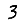
Digit: 3